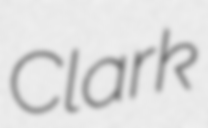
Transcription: Clark